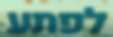
לפתע